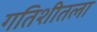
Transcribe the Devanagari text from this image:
गतिशीतला